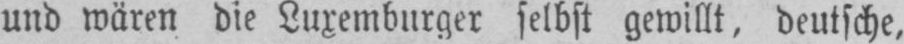
und wären die Luxemburger selbst gewillt, deutsche,